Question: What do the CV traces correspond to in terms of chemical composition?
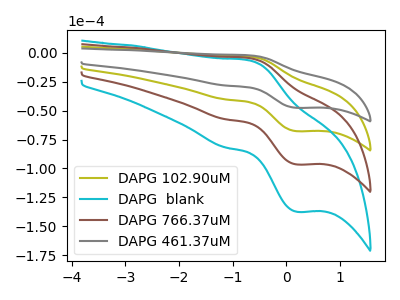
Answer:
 <answer>The olive curve is labeled "DAPG 102.90uM". The cyan curve is labeled "DAPG  blank". The brown curve is labeled "DAPG 766.37uM". The gray curve is labeled "DAPG 461.37uM".</answer>
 <eval></eval>